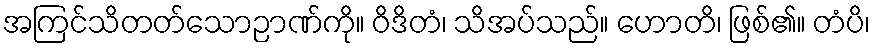
အကြင်သိတတ်သောဉာဏ်ကို။ ဝိဒိတံ၊ သိအပ်သည်။ ဟောတိ၊ ဖြစ်၏။ တံပိ၊